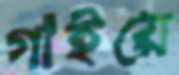
গাইয়ে